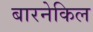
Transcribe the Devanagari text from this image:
बारनेकिल